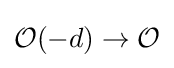
{\mathcal {O}}(-d)\to {\mathcal {O}}